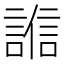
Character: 𧪄